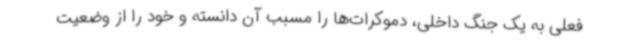
فعلی به یک جنگ داخلی، دموکرات‌ها را مسبب آن دانسته و خود را از وضعیت